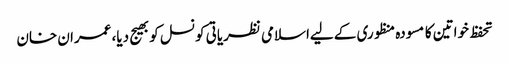
تحفظ خواتین کا مسودہ منظوری کے لیےاسلامی نظریاتی کونسل کوبھیج دیا، عمران خان